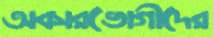
অবসরভোগীদের